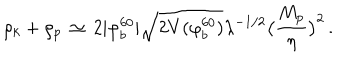
\rho _ { k } + \rho _ { p } \, \simeq \, 2 | \varphi _ { b } ^ { 6 0 } | \sqrt { 2 V ( \varphi _ { b } ^ { 6 0 } ) } \lambda ^ { - 1 / 2 } \bigl ( { \frac { M _ { p } } { \eta } } \bigr ) ^ { 2 } \, .